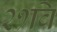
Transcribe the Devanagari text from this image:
२१वि